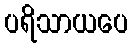
ပရိသာယပေ